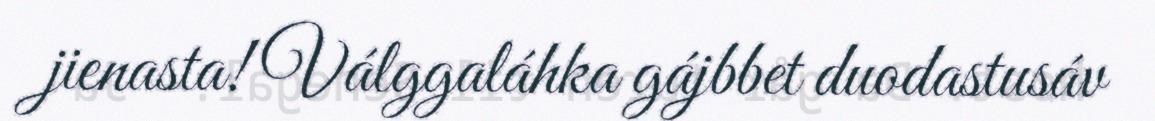
jienasta! Válggaláhka gájbbet duodastusáv